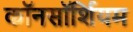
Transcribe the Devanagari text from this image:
कॉनसॉर्शियम